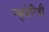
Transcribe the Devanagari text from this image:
न्युमोरिडी